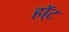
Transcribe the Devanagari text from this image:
हॉ्ट